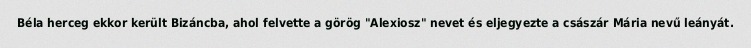
Béla herceg ekkor került Bizáncba, ahol felvette a görög "Alexiosz" nevet és eljegyezte a császár Mária nevű leányát.